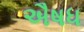
ઐષધ